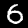
Label: 6